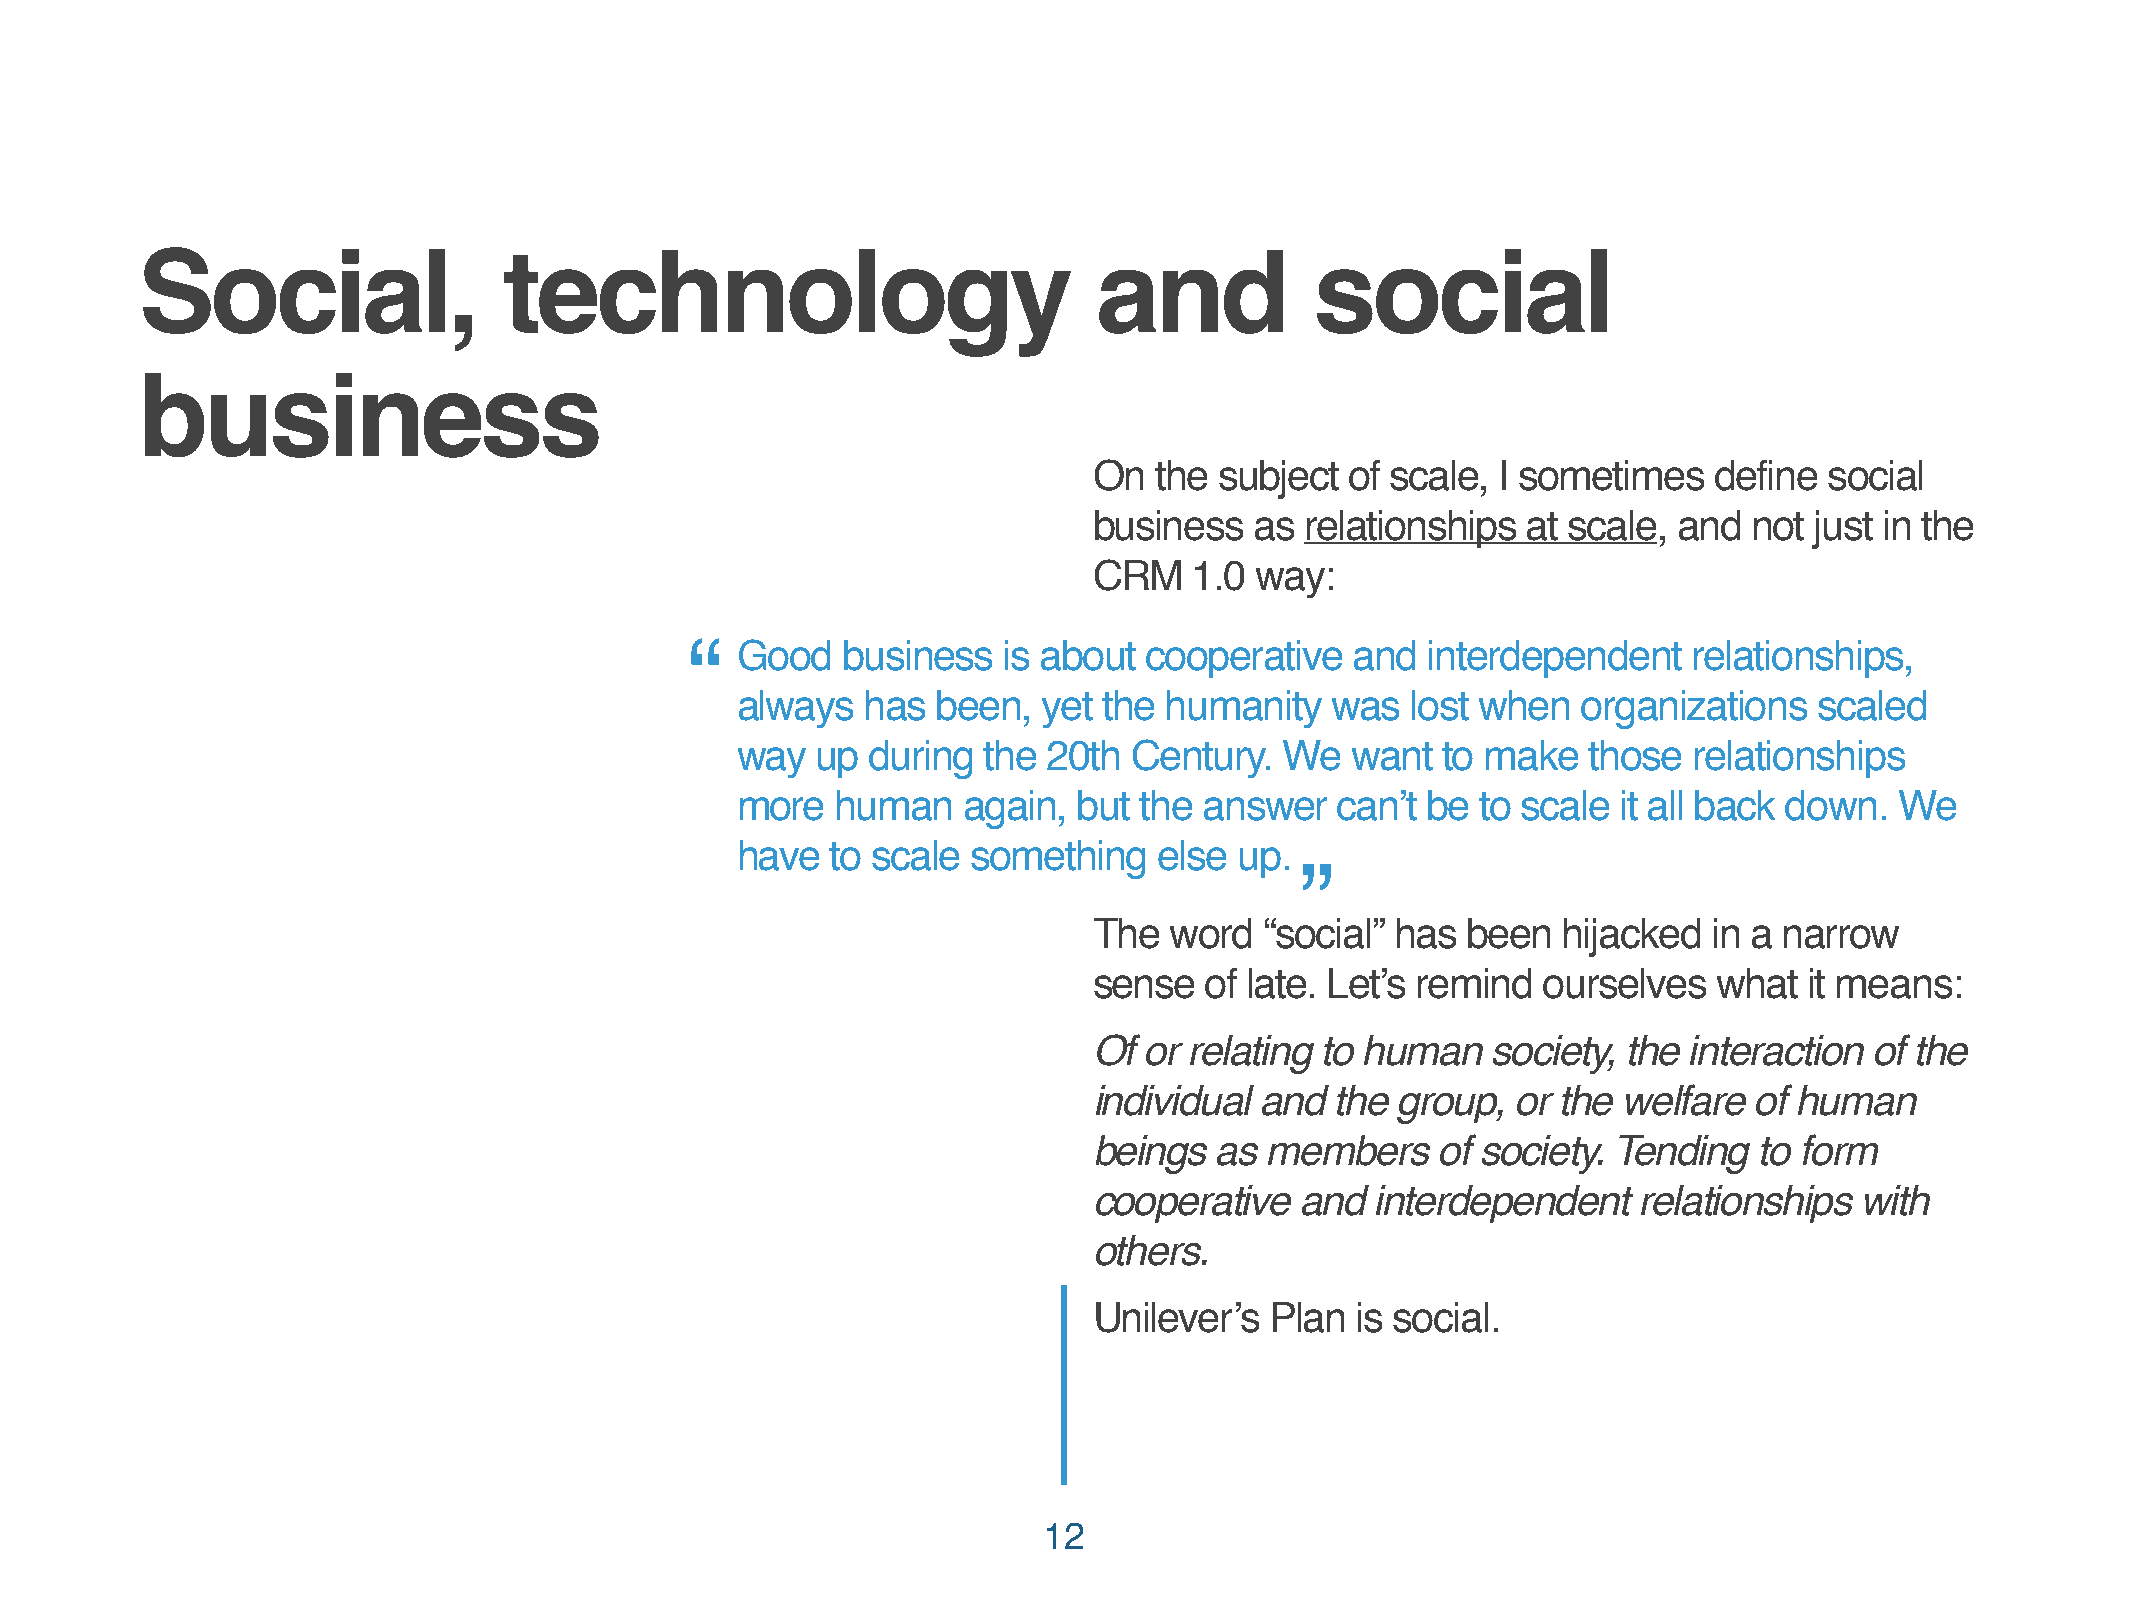
Social,                 technology                              and           social
 business
 On  the  subject of scale, I sometimes   define  social
 business   as relationships  at scale, and  not just in the
 CRM    1.0 way:
 “   Good   business  is about  cooperative  and  interdependent    relationships,
 always  has  been,  yet the humanity   was  lost when   organizations  scaled
 way  up during  the 20th  Century.  We  want  to make   those  relationships
 more  human    again, but the  answer   can’t be to scale it all back down.  We
 have  to scale something    else up.
 ”
 The  word   “social” has been  hijacked  in a narrow
 sense   of late. Let’s remind ourselves   what  it means:
 Of  or relating to human   society, the interaction of the
 individual and  the group,  or the welfare  of human
 beings  as  members    of society. Tending  to form
 cooperative   and  interdependent   relationships  with
 others.
 Unilever’s  Plan  is social.
 12